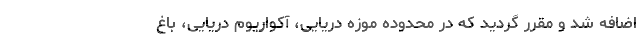
اضافه شد و مقرر گردید که در محدوده موزه دریایی، آکواریوم دریایی، باغ